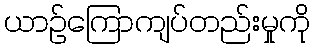
ယာဉ်ကြောကျပ်တည်းမှုကို